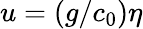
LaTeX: u=(g/c_{0})\eta